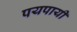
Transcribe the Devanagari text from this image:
पयपायी